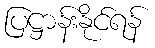
ပြဋ္ဌာန်းနိုင်ရန်